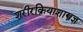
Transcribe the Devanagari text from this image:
शरीरक्रियाशास्त्रज्ञ